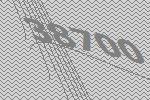
38700